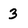
Character: 3